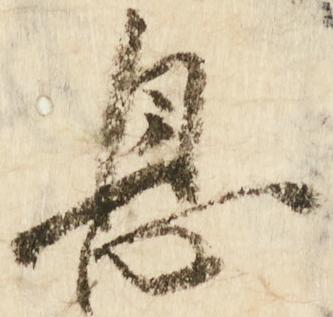
息